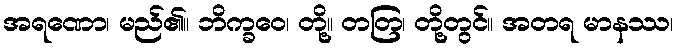
အရဏော၊ မည်၏။ ဘိက္ခဝေ၊ တို့။ တတြ၊ တို့တွင်။ အတရ မာနဿ၊